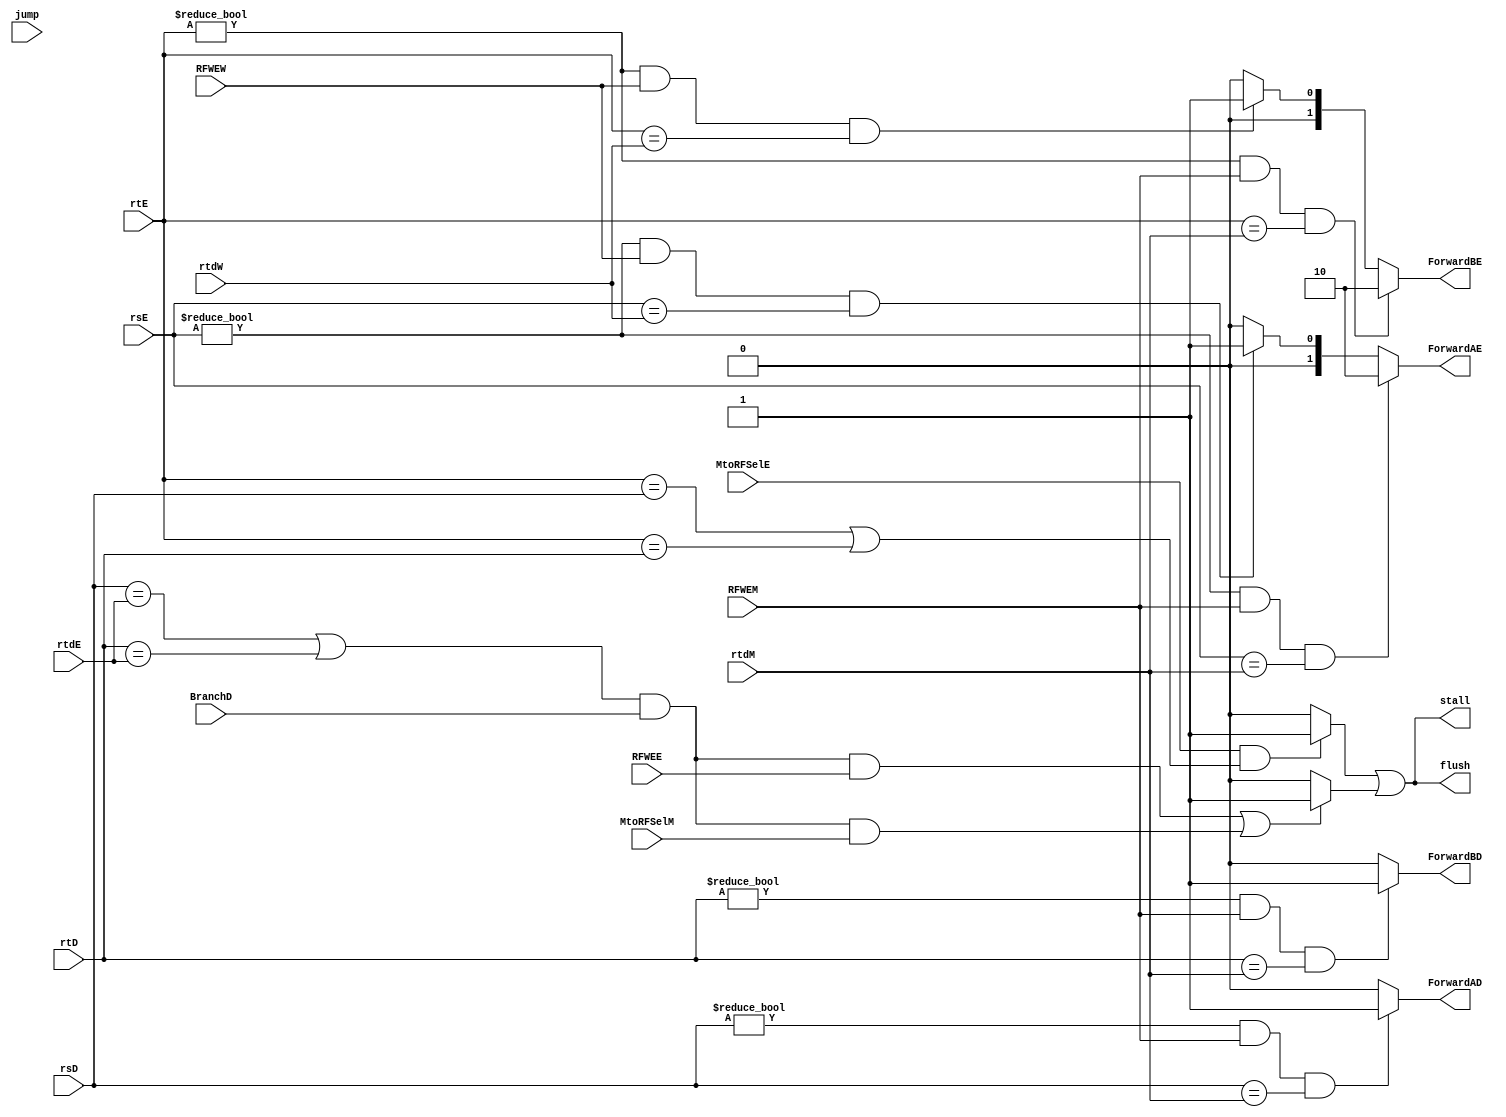
`timescale 1ns / 1ps
//////////////////////////////////////////////////////////////////////////////////
// Company: 
// Engineer: 
// 
// Design Name: 
// Module Name: Hazard_unit
// Project Name: 
// Target Devices: 
// Tool Versions: 
// Description: 
// 
// Dependencies: 
// 
// Revision:
// Revision 0.01 - File Created
// Additional Comments:
// 
//////////////////////////////////////////////////////////////////////////////////


module Hazard_unit(
input jump,
input [4:0] rsD,rtD,rsE, rtE,
input [4:0] rtdM,rtdW,rtdE,
input RFWEE,RFWEM,RFWEW, MtoRFSelE,BranchD, MtoRFSelM,


output reg [1:0] ForwardAE, ForwardBE,
output reg ForwardAD, ForwardBD,
output reg flush,
output reg stall =1'b0

    );
    
    reg BRstall, LWstall, jumpstall;
   
   
// assign ForwardAD =  ((rsD!=0) && RFWEM && (rsD == rtdM)) ;
//assign ForwardBD =   ((rtD!=0) && RFWEM && (rtD == rtdM)); 
   
    always@* begin
    
    
    //forward logic 
    if ((rsE!=0) && RFWEM && (rsE == rtdM)) 
    ForwardAE = 2'b10;
    else if((rsE!=0) && RFWEW && (rsE == rtdW))
    ForwardAE = 2'b01;
    else ForwardAE =2'b00;
    
    if ((rtE!=0) && RFWEM && (rtE == rtdM)) 
    ForwardBE =2'b10;
    else if((rtE!=0) && RFWEW && (rtE == rtdW))
    ForwardBE = 2'b01;
    else ForwardBE =2'b00;
    
    
    //forward logic branch equality comparator caseII
    


    
    //LWstall 
    
   if ( MtoRFSelE && ((rtE ==rsD)||(rtE ==rtD)))
     LWstall =1'b1;
     else
     LWstall =1'b0;
     
    
    //case III BRanch stall
    
    
    if(    (((rsD ==rtdE)||(rtD ==rtdE)) && BranchD && RFWEE)||(((rsD ==rtdE)||(rtD ==rtdE)) && BranchD && MtoRFSelM))
    BRstall = 1'b1;
    else
    BRstall =1'b0;  //so enable can work and not be x
    
    
    stall <= LWstall || BRstall; 
    
    flush  <= stall;
    
    
    end
    
    
    
        always @(rsD or RFWEM or rtdM or rtD) begin
        
   
        
    if ((rsD!=0) && RFWEM && (rsD == rtdM)) 
    ForwardAD = 1'b1;
    else   ForwardAD = 1'b0;


    if((rtD!=0) && RFWEM && (rtD == rtdM))
    ForwardBD = 1'b1;
    else ForwardBD = 1'b0;
    end
 
    
//        always @(posedge CLK) begin
//       jumpstall <= jump;
//    end
 
    
    
    
    
    
    
endmodule